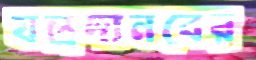
যন্ত্রদানবের